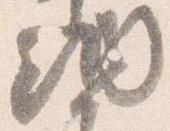
納